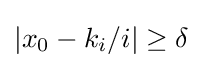
|x_{0}-k_{i}/i|\geq \delta